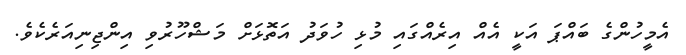
އެމީހުންގެ ބައްޕަ އަކީ އެއް އިރެއްގައި މުޅި ހުވަދު އަތޮޅަށް މަޝްހޫރުވި އިންޖިނިއަރެކެވެ.